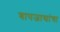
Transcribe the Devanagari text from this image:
बापजाद्यांचा